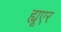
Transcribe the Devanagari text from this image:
ह्यूएर